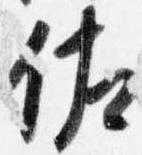
佐